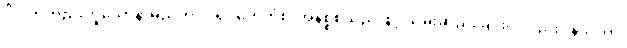
ဝိပါက်တည်းဟူသောနာမည်ကို။ ပရိဂ္ဂဟေတုံစ၊ အနိစ္စစသည်ဖြင့် သိမ်းဆည်းခြင်းငှါလည်း။ နသက္ကာ၊